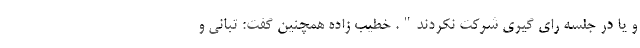
و یا در جلسه رای گیری شرکت نکردند". خطیب زاده همچنین گفت: تبانی و